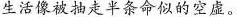
生活像被抽走半条命似的空虚。